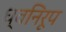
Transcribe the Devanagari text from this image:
ध्वनिरूप